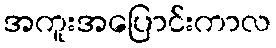
အကူးအပြောင်းကာလ